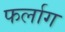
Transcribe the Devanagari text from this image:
फर्लाग